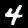
Digit: 4